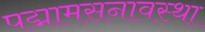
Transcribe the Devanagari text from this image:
पद्मामसनावस्था